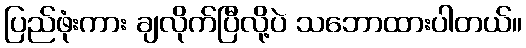
ပြည်ဖုံးကား ချလိုက်ပြီလို့ပဲ သဘောထားပါတယ်။